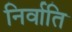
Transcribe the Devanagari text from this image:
निर्वाति